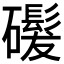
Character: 𬒨